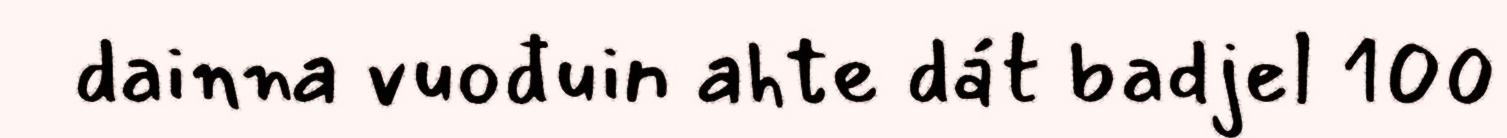
dainna vuođuin ahte dát badjel 100